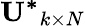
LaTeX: \mathbf{U^{*}}_{k\times N}